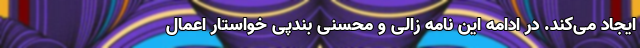
ایجاد می‌کند. در ادامه این نامه زالی و محسنی بندپی خواستار اعمال